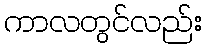
ကာလတွင်လည်း